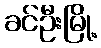
ခင်ဦးမြို့